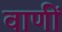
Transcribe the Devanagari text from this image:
वाणीं